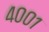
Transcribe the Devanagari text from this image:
४००१